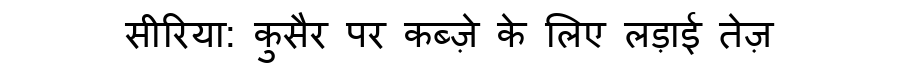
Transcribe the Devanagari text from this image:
सीरिया: कुसैर पर कब्ज़े के लिए लड़ाई तेज़